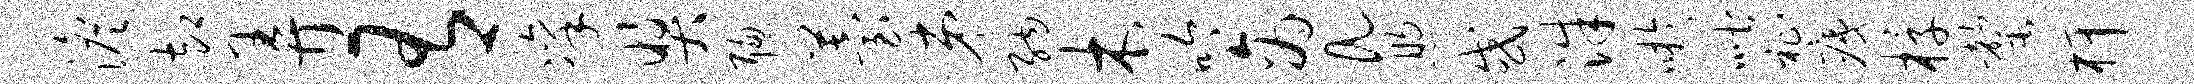
澹却弄有凛奖聪苔弟纳木吟商a煦或洙吁喈祉痍椁罄柙